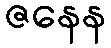
ဇနေန